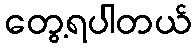
တွေ့ရပါတယ်